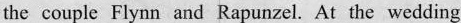
the couple Flynn and Rapunzel. At the wedding